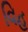
વિહ